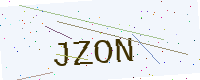
Text: JZON